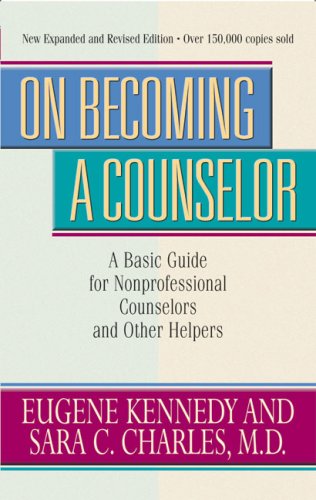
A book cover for On Becoming a Counselor: A Basic Guide for Nonprofessional Counselors and Other Helpers; Eugene Kennedy; Christian Books & Bibles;